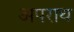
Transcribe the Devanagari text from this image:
अपराथ